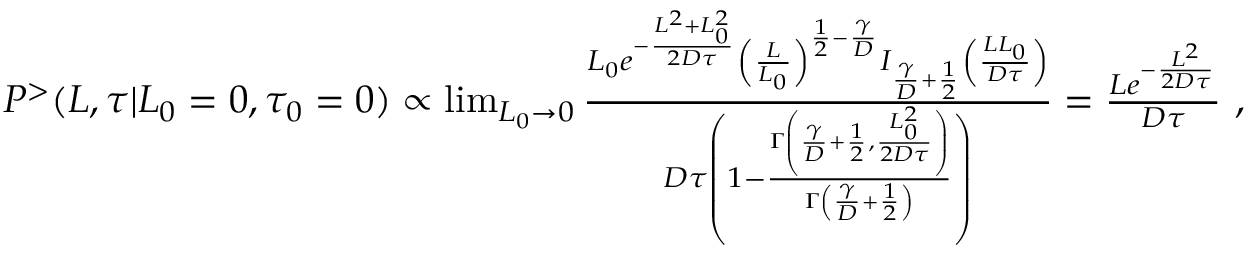
\begin{array} { r } { P ^ { > } ( L , \tau | L _ { 0 } = 0 , \tau _ { 0 } = 0 ) \propto \operatorname* { l i m } _ { L _ { 0 } \to 0 } \frac { L _ { 0 } e ^ { - \frac { L ^ { 2 } + L _ { 0 } ^ { 2 } } { 2 D \tau } } \left( \frac { L } { L _ { 0 } } \right) ^ { \frac { 1 } { 2 } - \frac { \gamma } { D } } I _ { \frac { \gamma } { D } + \frac { 1 } { 2 } } \left( \frac { L L _ { 0 } } { D \tau } \right) } { D \tau \left( 1 - \frac { \Gamma \left( \frac { \gamma } { D } + \frac { 1 } { 2 } , \frac { L _ { 0 } ^ { 2 } } { 2 D \tau } \right) } { \Gamma \left( \frac { \gamma } { D } + \frac { 1 } { 2 } \right) } \right) } = \frac { L e ^ { - \frac { L ^ { 2 } } { 2 D \tau } } } { D \tau } \ , } \end{array}